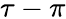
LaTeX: \tau-\pi